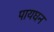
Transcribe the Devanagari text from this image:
पायघन